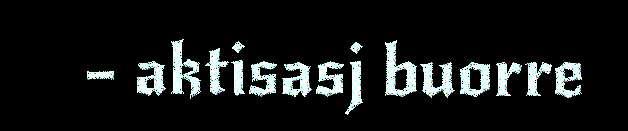
– aktisasj buorre